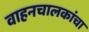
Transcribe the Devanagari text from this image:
वाहनचालकांचा